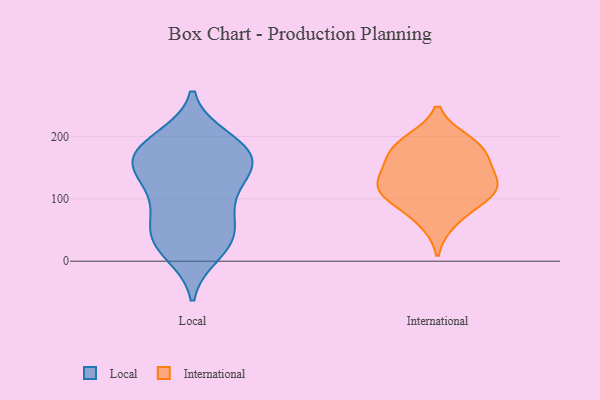
{"axis": {"x": "Backlog", "y": "Value"}, "legend": ["International", "Local"], "data": [{"x": "", "y": 188, "type": "Local"}, {"x": "", "y": 13, "type": "Local"}, {"x": "", "y": 155, "type": "Local"}, {"x": "", "y": 161, "type": "Local"}, {"x": "", "y": 139, "type": "Local"}, {"x": "", "y": 179, "type": "Local"}, {"x": "", "y": 81, "type": "Local"}, {"x": "", "y": 36, "type": "Local"}, {"x": "", "y": 196, "type": "Local"}, {"x": "", "y": 180, "type": "Local"}, {"x": "", "y": 90, "type": "Local"}, {"x": "", "y": 25, "type": "Local"}, {"x": "", "y": 146, "type": "Local"}, {"x": "", "y": 154, "type": "Local"}, {"x": "", "y": 40, "type": "Local"}, {"x": "", "y": 48, "type": "Local"}, {"x": "", "y": 109, "type": "Local"}, {"x": "", "y": 62, "type": "International"}, {"x": "", "y": 193, "type": "International"}, {"x": "", "y": 113, "type": "International"}, {"x": "", "y": 194, "type": "International"}, {"x": "", "y": 153, "type": "International"}, {"x": "", "y": 122, "type": "International"}, {"x": "", "y": 90, "type": "International"}, {"x": "", "y": 136, "type": "International"}, {"x": "", "y": 117, "type": "International"}, {"x": "", "y": 106, "type": "International"}, {"x": "", "y": 168, "type": "International"}, {"x": "", "y": 173, "type": "International"}]}